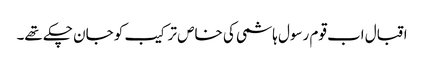
اقبال اب قوم رسول ہاشمی کی خاص ترکیب کو جان چکے تھے۔